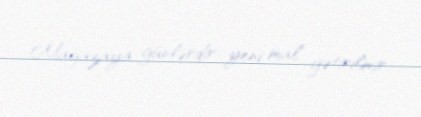
Mağazaya günlərdir yeni mal gətirilmir.